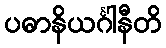
ပဓာနိယင်္ဂါနီတိ